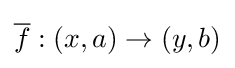
{\overline {f}}:(x,a)\to (y,b)